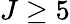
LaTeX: J\geq 5